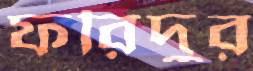
ফরিদুর